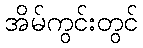
အိမ်ကွင်းတွင်